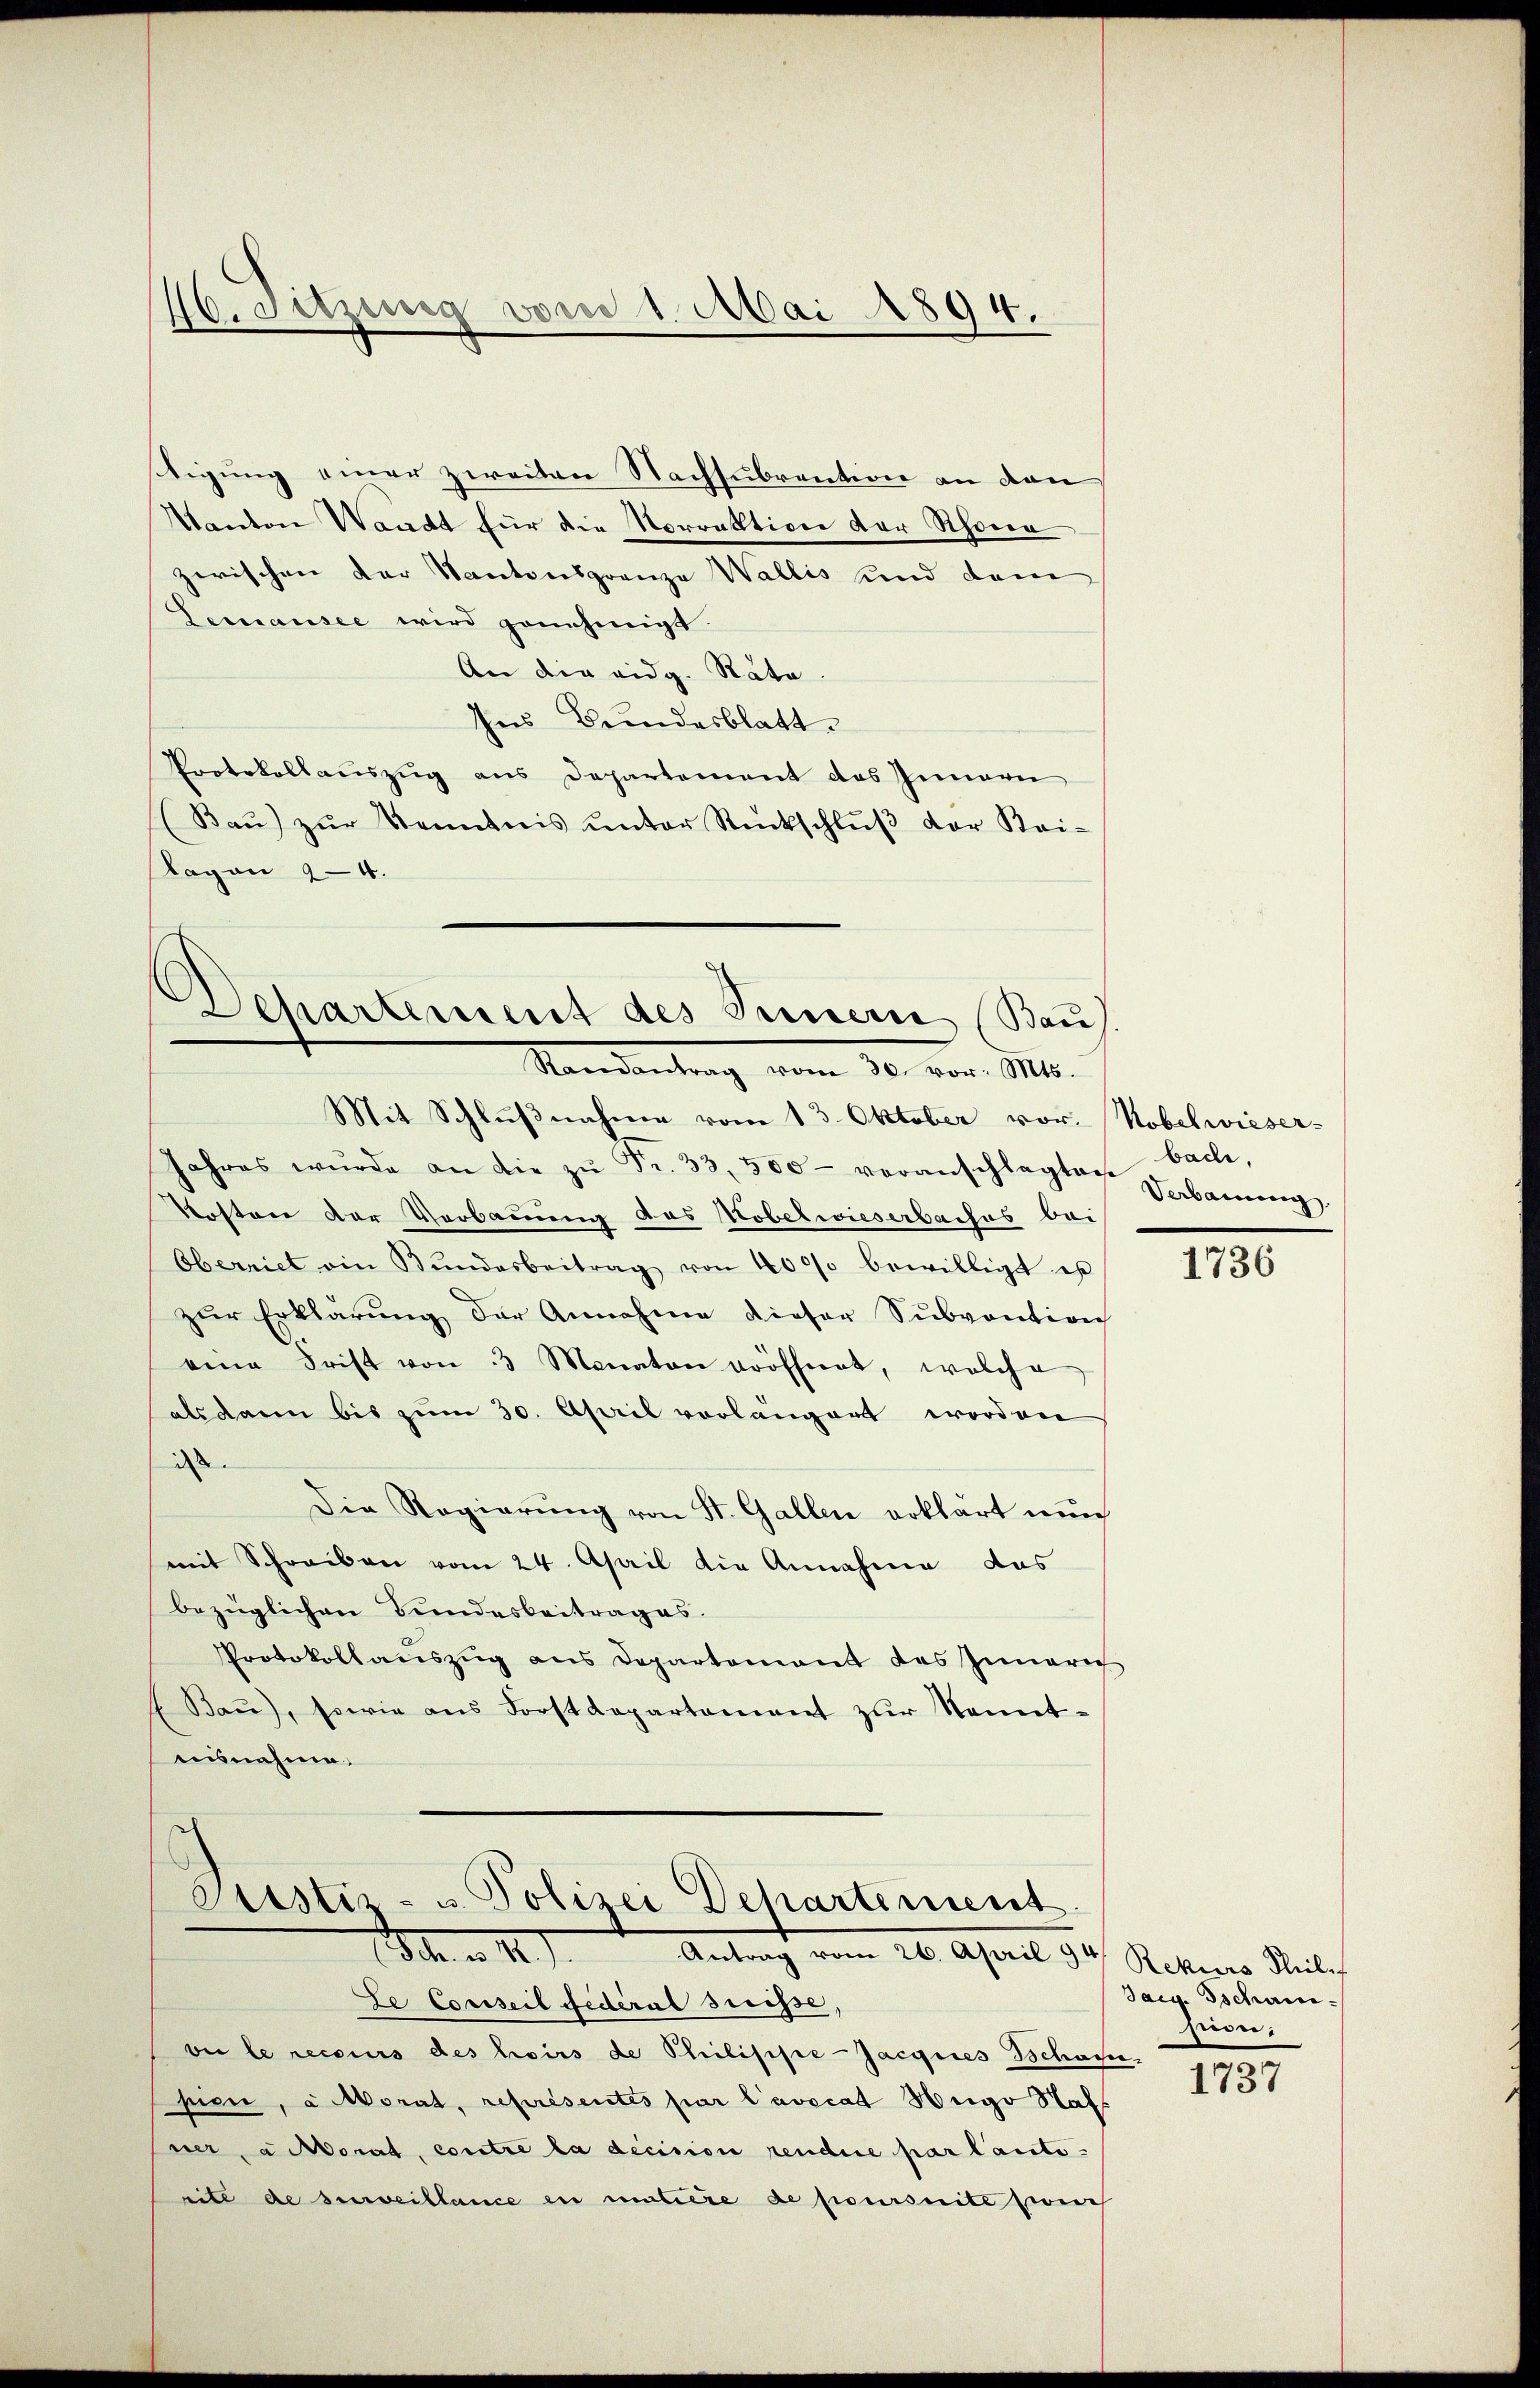
40. Sitzung von 1. Mai 1894.

tigung einer zweiten Nachsubrention an den
Kanton Waadt für die Norraktion der Schöne
zwischen der Kantonsgrenze Wallis und dem
Lemansee wird genehmigt.
An die eidg. Rata.
Ins Bundesblatt.
Protokollauszug aus Departement des Innern
(Baŭ) zŭr Kenntnis ŭnter Rückschlŭβ der Kai-
Ragan 44.

Dehartement des Innern (Bau
Mandantung vom 30. von M.
Mit Schlŭβnahme vom 13. Oktober vor. Nobelwieser-

Jahres wurde an die zŭ Fr. 33, 300 - veranschlagten bach,
Kosten der Verbauung aus Tobelwieserbaches bei
Oberriet ein Bŭndesbeitrag von 40000 bewilligt es
zŭr Erklärŭng der Annahme dieser Sŭbvention
eine Frist von 3 Monaten eröffnet, welche
als dann bis zum 30. April vorlängert worden
i
Die Regierung von St. Gallen erklärt nun
mit Schreiben vom 24. April die Annahme das
bezüglichen Bundesbeitrages.
Protokollaŭszŭg ans Departement des Innere
Baŭ), sowie ans Forstdepartement zŭr Kennt-
usnahme.
Pustiz- & Polizei Departement
M. v. M. J. Antrag vom 26. April 18
Le Conseil fédéral suisse,
bei le recours des hoirs de Philisisie-Jacques Schaus-
pien, a. Morat, représentes par l’avecat Hugo Nahner, achtorat, contre la decision rendire par laute-
rite de surveillance in miliere de poursuite zweich

Verbauung.

1736

Rekurs Theile
Taig. Gschani
son,

1737